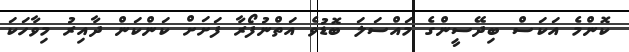
ކޮންމެ އަކަސް ބިދޭސީންގެ މައްސަލަ ބޮޑުވެ އަތްނުފޯރާ ފަށަށް ކަންކަން ދާއިރު މިވާހަކަ